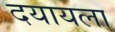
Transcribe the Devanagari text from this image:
दयायला